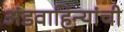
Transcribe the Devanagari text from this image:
अंडवाहिन्यांची